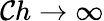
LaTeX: \mathcal{C}h\rightarrow\infty